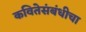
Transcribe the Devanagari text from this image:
कवितेसंबंधीचा